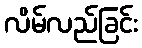
လိမ်လည်ခြင်း